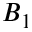
B _ { 1 }